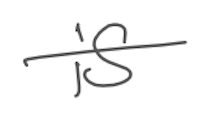
Text: is
Cross-out: single-line
Writing tool: digital_gray